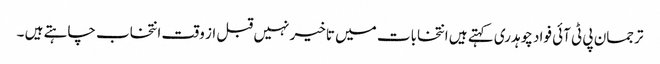
ترجمان پی ٹی آئی فواد چوہدری کہتے ہیں انتخابات میں تاخیر نہیں قبل از وقت انتخاب چاہتے ہیں ۔